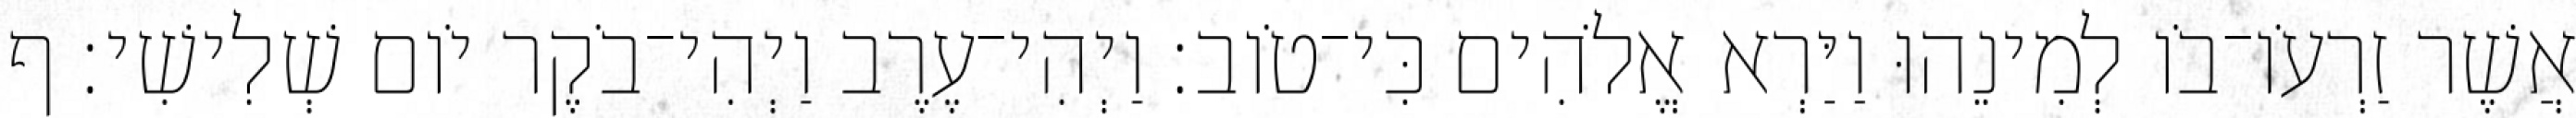
אֲשֶׁר זַרְעֹו־בֹו לְמִינֵהוּ וַיַּרְא אֱלֹהִים כִּי־טֹוב׃ וַיְהִי־עֶרֶב וַיְהִי־בֹקֶר יֹום שְׁלִישִׁי׃ ף